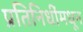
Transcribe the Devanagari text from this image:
प्रतिनिधींमधून